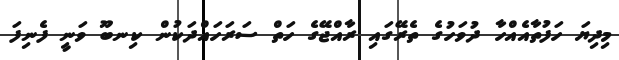
މިދިޔަ ހަފުތާއެއްހާ ދުވަހުގެ ތެރޭގައި ރާއްޖޭގެ ހަތް ސަރަހައްދަކުން ކިނބޫ ވަނީ ފެނިފަ